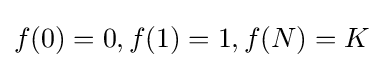
f(0)=0,f(1)=1,f(N)=K